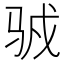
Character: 𱅍